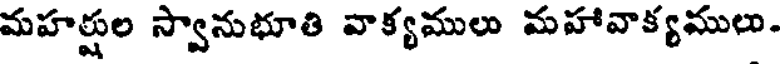
మహర్షుల స్వానుభూతి వాక్యములు మహావాక్యములు.